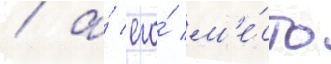
/ а́ его́ м'е́сто